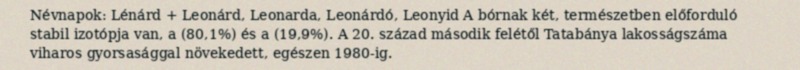
Névnapok: Lénárd + Leonárd, Leonarda, Leonárdó, Leonyid A bórnak két, természetben előforduló stabil izotópja van, a (80,1%) és a (19,9%). A 20. század második felétől Tatabánya lakosságszáma viharos gyorsasággal növekedett, egészen 1980-ig.